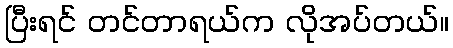
ပြီးရင် တင်တာရယ်က လိုအပ်တယ်။